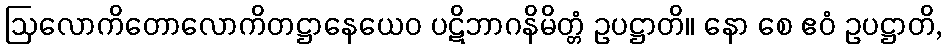
ဩလောကိတောလောကိတဋ္ဌာနေယေဝ ပဋိဘာဂနိမိတ္တံ ဥပဋ္ဌာတိ။ နော စေ ဧဝံ ဥပဋ္ဌာတိ,